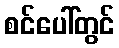
စင်ပေါ်တွင်